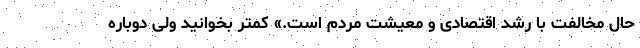
حال مخالفت با رشد اقتصادی و معیشت مردم است.» کمتر بخوانید ولی دوباره